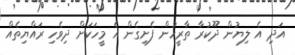
އަދި އެ ލިޔުން ދޫކުރާ ތާރީހުން ފެށިގެން އެ މީހަކަށް ދިވެހި ރައްޔިތެއް